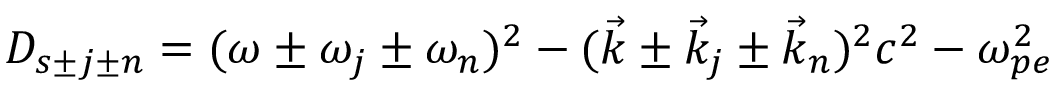
D _ { s \pm j \pm n } = ( \omega \pm \omega _ { j } \pm \omega _ { n } ) ^ { 2 } - ( \vec { k } \pm \vec { k } _ { j } \pm \vec { k } _ { n } ) ^ { 2 } c ^ { 2 } - \omega _ { p e } ^ { 2 }